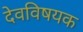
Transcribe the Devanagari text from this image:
देवविषयक